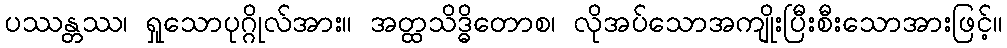
ပဿန္တဿ၊ ရှုသောပုဂ္ဂိုလ်အား။ အတ္ထသိဒ္ဓိတောစ၊ လိုအပ်သောအကျိုးပြီးစီးသောအားဖြင့်။